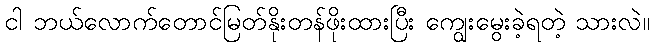
ငါ ဘယ်လောက်တောင်မြတ်နိုးတန်ဖိုးထားပြီး ကျွေးမွေးခဲ့ရတဲ့ သားလဲ။